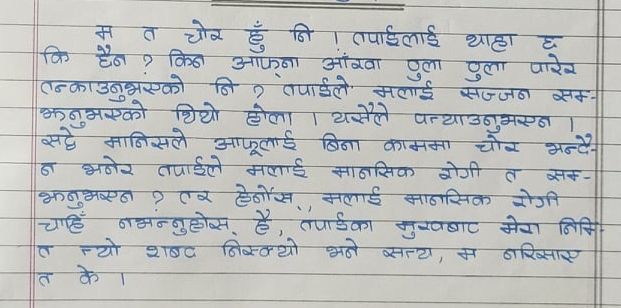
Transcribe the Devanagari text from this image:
म त चोर हुँ नि ! तपाईलाई थाहा छ
कि छैन ? किन आफ्ना आँखा ठुला ठुला पारेर
तन्काउनुभएको नि ? तपाईले मलाई सज्जन सँक-
झनुभएको थियो होला । यसैले पत्याउनुभएन ।
सधैं मानिसले आफूलाई बिना काममा चोर भन्दै-
न भनेर तपाईले मलाई मानसिक रोगी त सँक-
झनुभएन ? तर हेर्नोस, मलाई मानसिक रोगी
चाहिँ नभन्नुहोस् । है, तपाईंका मुखबाट मेरो निम्ति
त त्यो शब्द निस्क्यो भने सत्य, म नरिसाए
त के ।